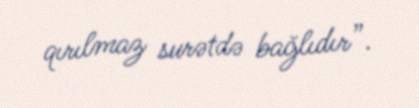
qırılmaz surətdə bağlıdır”.